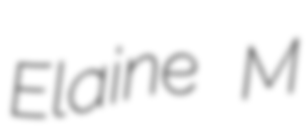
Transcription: Elaine M